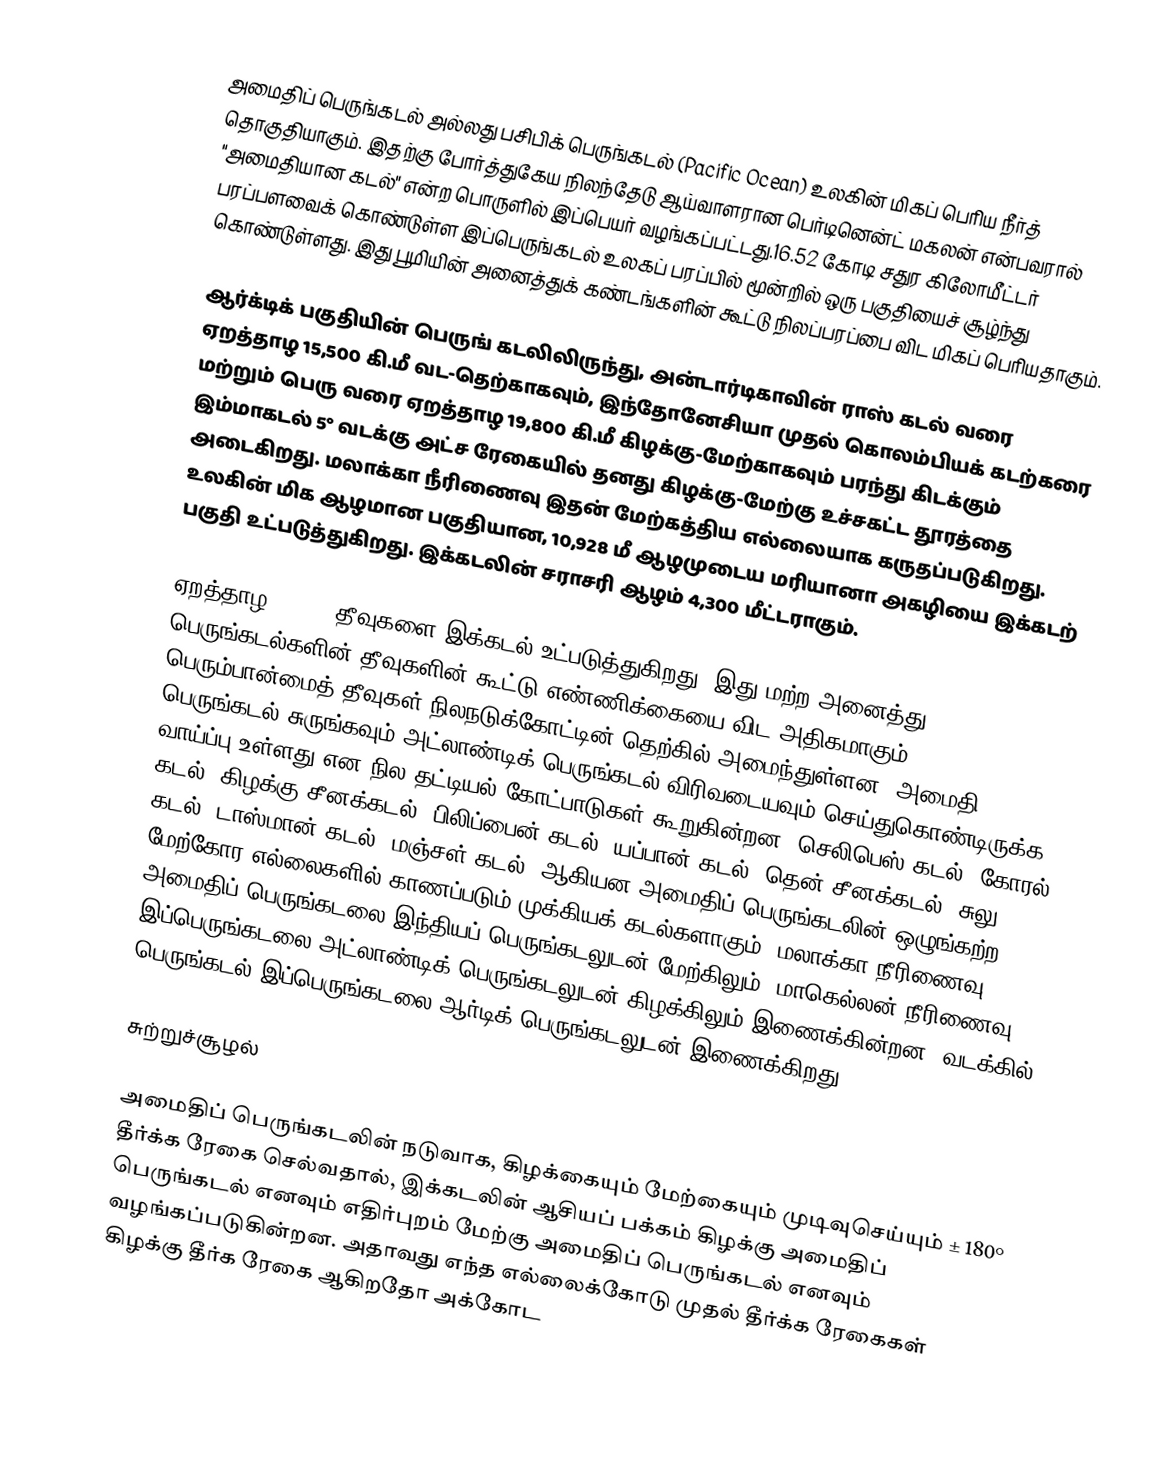
அமைதிப் பெருங்கடல் அல்லது பசிபிக் பெருங்கடல் (Pacific Ocean) உலகின் மிகப் பெரிய நீர்த் தொகுதியாகும். இதற்கு போர்த்துகேய நிலந்தேடு ஆய்வாளரான பெர்டினென்ட் மகலன் என்பவரால் "அமைதியான கடல்" என்ற பொருளில் இப்பெயர் வழங்கப்பட்டது.16.52 கோடி சதுர கிலோமீட்டர் பரப்பளவைக் கொண்டுள்ள இப்பெருங்கடல் உலகப் பரப்பில் மூன்றில் ஒரு பகுதியைச் சூழ்ந்து கொண்டுள்ளது. இது பூமியின் அனைத்துக் கண்டங்களின் கூட்டு நிலப்பரப்பை விட மிகப் பெரியதாகும்.

ஆர்க்டிக் பகுதியின் பெருங் கடலிலிருந்து, அன்டார்டிகாவின் ராஸ் கடல் வரை ஏறத்தாழ 15,500 கி.மீ வட-தெற்காகவும், இந்தோனேசியா முதல் கொலம்பியக் கடற்கரை மற்றும் பெரு வரை ஏறத்தாழ 19,800 கி.மீ கிழக்கு-மேற்காகவும் பரந்து கிடக்கும் இம்மாகடல் 5° வடக்கு அட்ச ரேகையில் தனது கிழக்கு-மேற்கு உச்சகட்ட தூரத்தை அடைகிறது. மலாக்கா நீரிணைவு இதன் மேற்கத்திய எல்லையாக கருதப்படுகிறது. உலகின் மிக ஆழமான பகுதியான, 10,928 மீ ஆழமுடைய மரியானா அகழியை இக்கடற் பகுதி உட்படுத்துகிறது. இக்கடலின் சராசரி ஆழம் 4,300 மீட்டராகும்.

ஏறத்தாழ 25,000 தீவுகளை இக்கடல் உட்படுத்துகிறது. இது மற்ற அனைத்து பெருங்கடல்களின் தீவுகளின் கூட்டு-எண்ணிக்கையை விட அதிகமாகும். பெரும்பான்மைத் தீவுகள் நிலநடுக்கோட்டின் தெற்கில் அமைந்துள்ளன. அமைதி பெருங்கடல் சுருங்கவும் அட்லாண்டிக் பெருங்கடல் விரிவடையவும் செய்துகொண்டிருக்க வாய்ப்பு உள்ளது என நில தட்டியல் கோட்பாடுகள் கூறுகின்றன. செலிபெஸ் கடல், கோரல் கடல், கிழக்கு சீனக்கடல், பிலிப்பைன் கடல், யப்பான் கடல், தென் சீனக்கடல், சுலு கடல், டாஸ்மான் கடல், மஞ்சள் கடல், ஆகியன அமைதிப் பெருங்கடலின் ஒழுங்கற்ற மேற்கோர எல்லைகளில் காணப்படும் முக்கியக் கடல்களாகும். மலாக்கா நீரிணைவு அமைதிப் பெருங்கடலை இந்தியப் பெருங்கடலுடன் மேற்கிலும், மாகெல்லன் நீரிணைவு இப்பெருங்கடலை அட்லாண்டிக் பெருங்கடலுடன் கிழக்கிலும் இணைக்கின்றன. வடக்கில் பெருங்கடல் இப்பெருங்கடலை ஆர்டிக் பெருங்கடலுடன் இணைக்கிறது.

சுற்றுச்சூழல்

அமைதிப் பெருங்கடலின் நடுவாக, கிழக்கையும் மேற்கையும் முடிவுசெய்யும் ± 180° தீர்க்க ரேகை செல்வதால், இக்கடலின் ஆசியப் பக்கம் கிழக்கு அமைதிப் பெருங்கடல் எனவும் எதிர்புறம் மேற்கு அமைதிப் பெருங்கடல் எனவும் வழங்கப்படுகின்றன. அதாவது எந்த எல்லைக்கோடு முதல் தீர்க்க ரேகைகள் கிழக்கு தீர்க ரேகை ஆகிறதோ அக்கோட